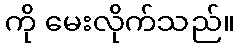
ကို မေးလိုက်သည်။